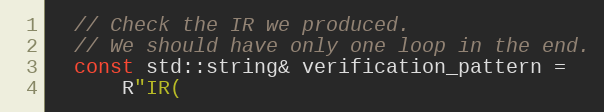
Language: C++
  // Check the IR we produced.
  // We should have only one loop in the end.
  const std::string& verification_pattern =
      R"IR(